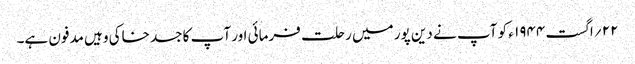
۲۲ ؍اگست ۱۹۴۴ ء کو آپ نے دین پور میں رحلت فرمائی اور آپ کا جسد خاکی وہیں مدفون ہے۔